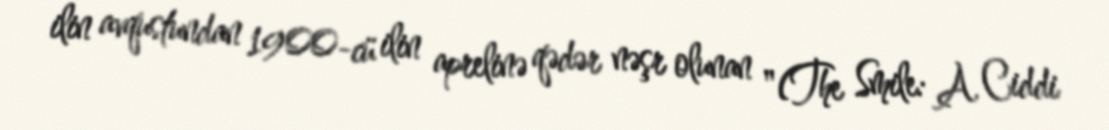
ilin avqustundan 1900-cü ilin aprelinə qədər nəşr olunan "(The Smile: A Ciddi